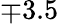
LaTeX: \mp 3.5